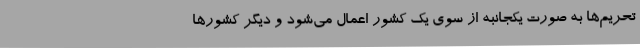
تحریم‌ها به صورت یکجانبه از سوی یک کشور اعمال می‌شود و دیگر کشورها